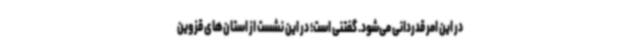
در این امر قدردانی می‌شود. گفتنی است؛ در این نشست از استان‌های قزوین